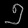
Digit: ၅